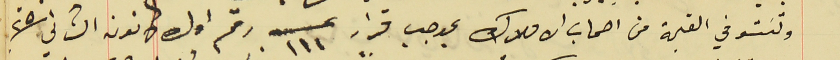
وتسَتوفي القيمة من اصحاب الاملاك بموجب قرار عــ ١١١ رقم اول كانون الثاني سنة ٢٥